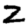
Digit: 2